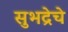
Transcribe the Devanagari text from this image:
सुभद्रेचे